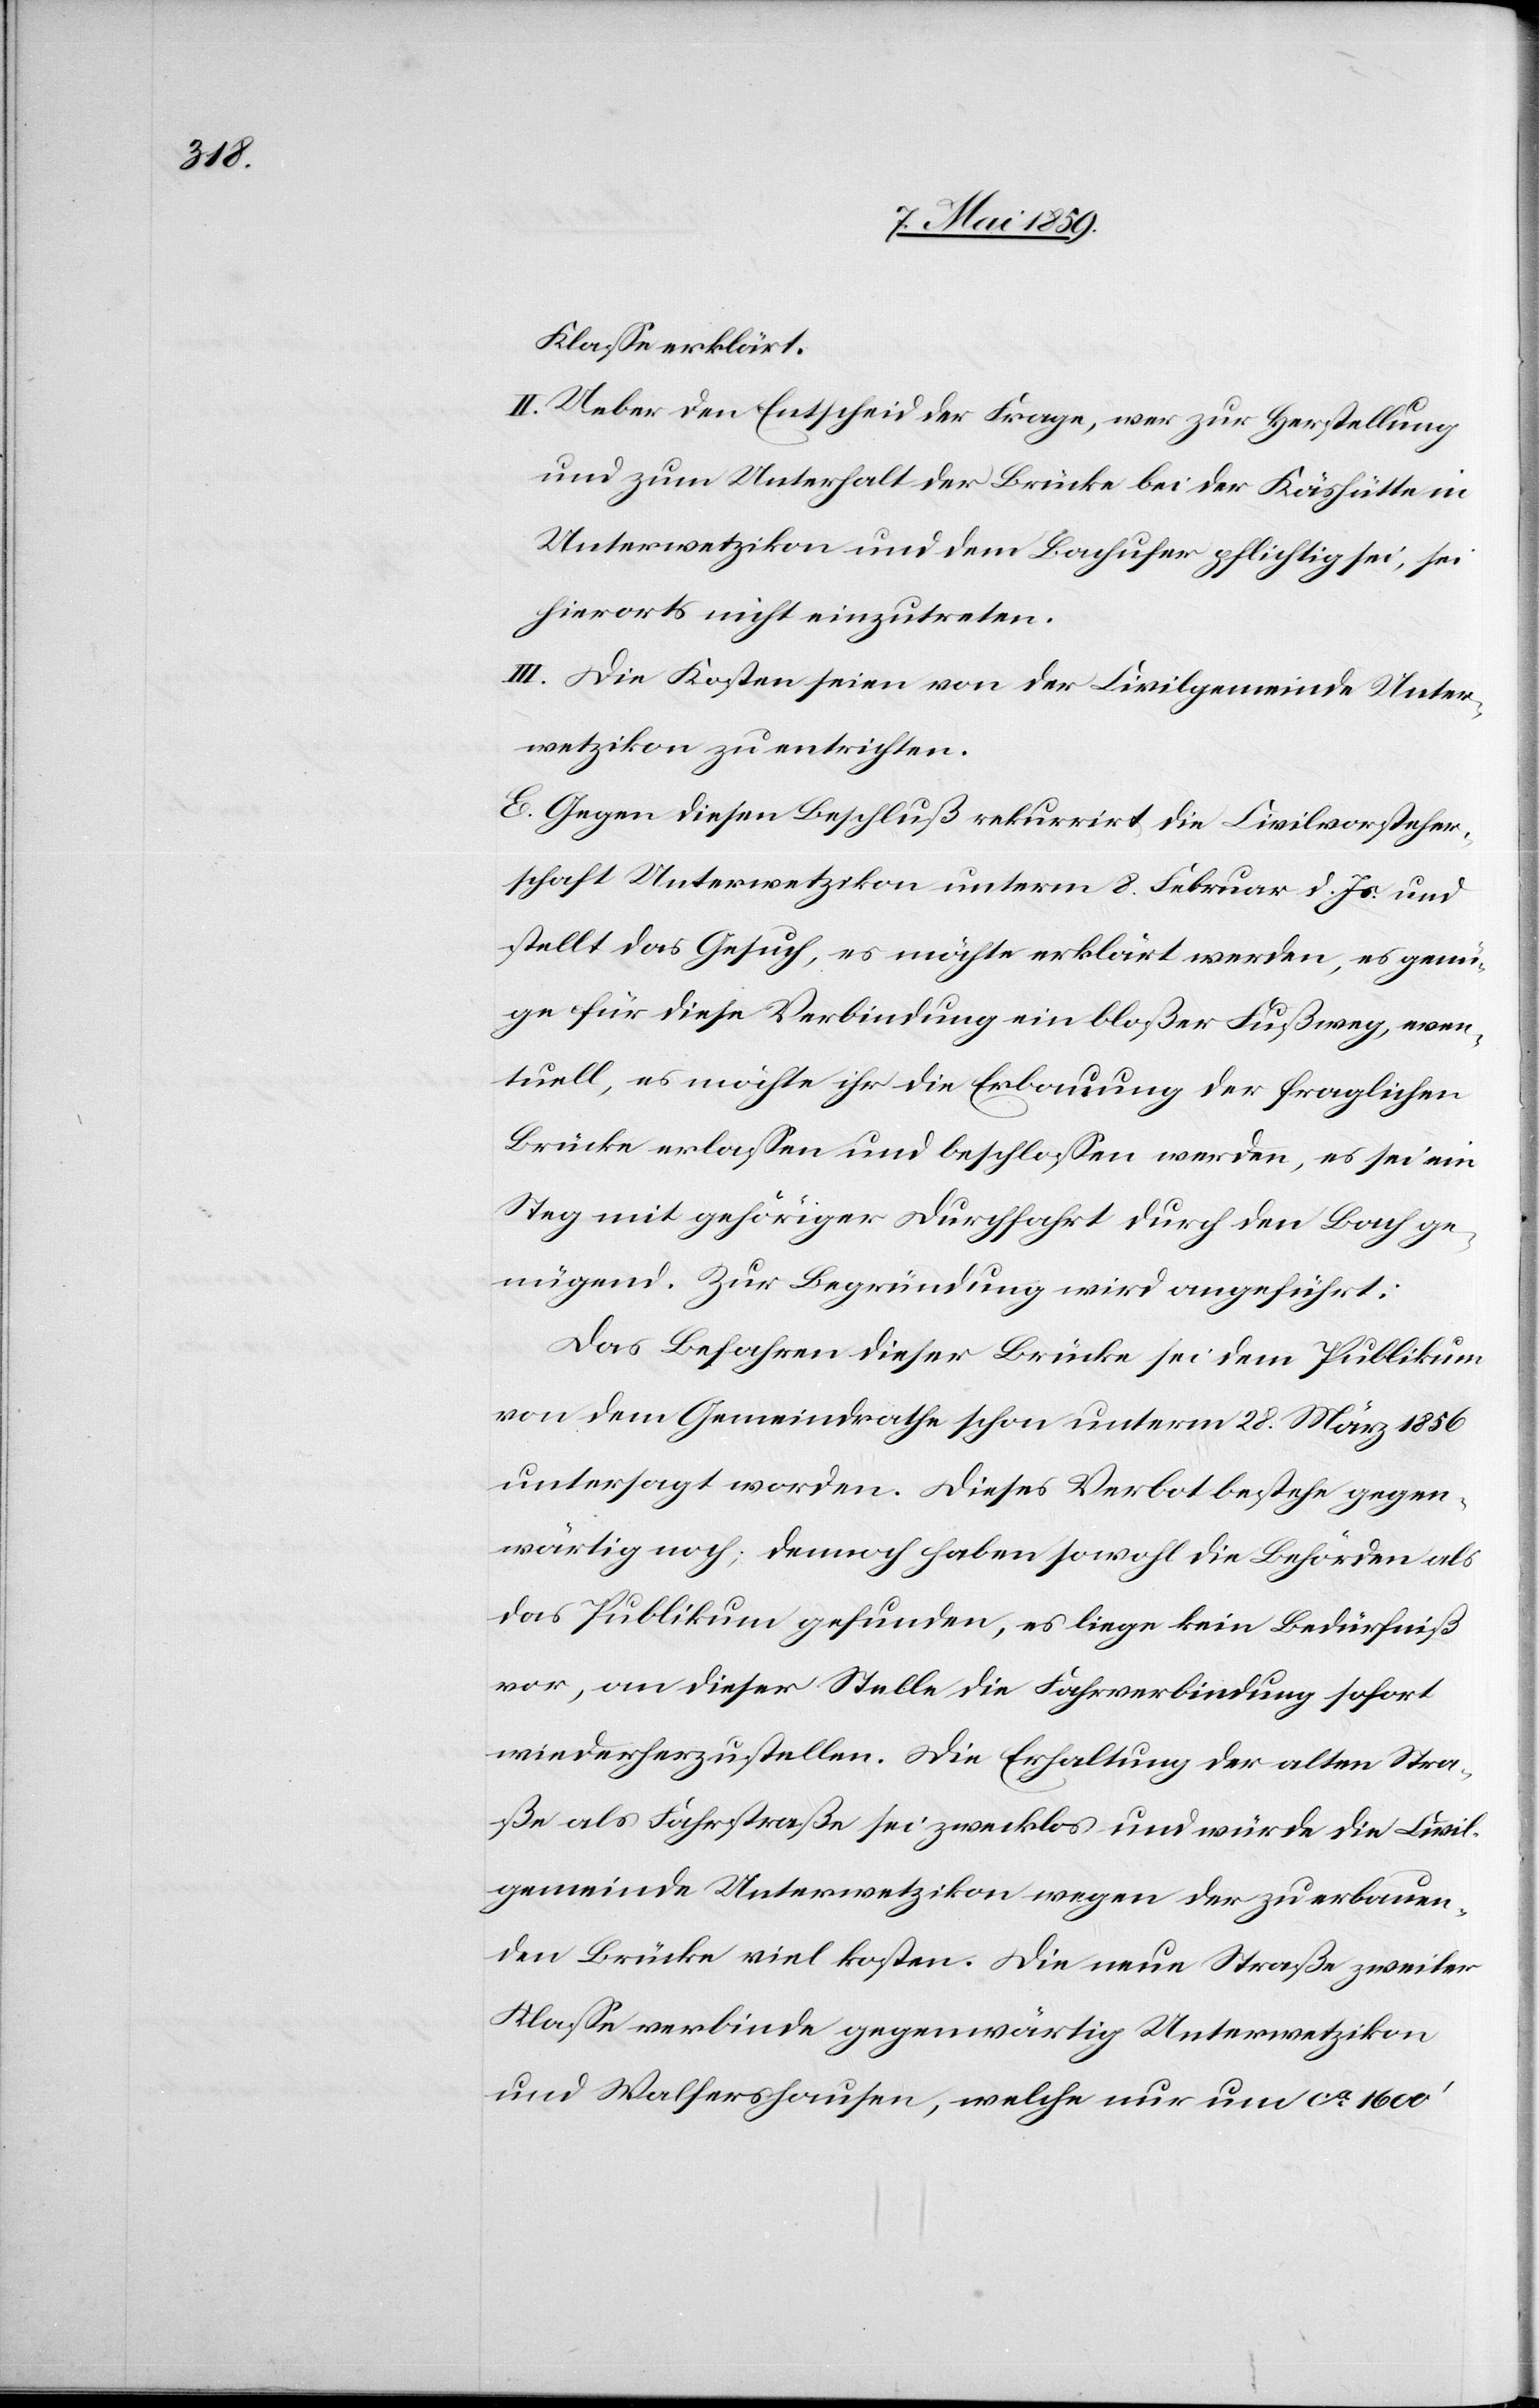
Klaße erklärt.
II. Ueber den Entscheid der Frage, wer zur Herstellung
und zum Unterhalt der Brücke bei der Käshütte in
Unterwetzikon und dem Bachufer pflichtig sei, sei
hierorts nicht einzutreten.
III. Die Kosten seien von der Civilgemeinde Unter¬
wetzikon zu entrichten.
E. Gegen diesen Beschluß rekurrirt die Civilvorsteher¬
schaft Unterwetzikon unterm 8. Februar d. Js. und
stellt das Gesuch, es möchte erklärt werden, es genü¬
ge für diese Verbindung ein bloßer Fußweg, even¬
tuell, es möchte ihr die Erbauung der fraglichen
Brücke erlaßen und beschloßen werden, es sei ein
Steg mit gehöriger Durchfahrt durch den Bach ge¬
nügend. Zur Begründung wird angeführt:
Das Befahren dieser Brücke sei dem Publikum
von dem Gemeindrathe schon unterm 28. März 1856
untersagt worden. Dieses Verbot bestehe gegen¬
wärtig noch; demnach haben sowohl die Behörden als
das Publikum gefunden, es liege kein Bedürfniß
vor, an dieser Stelle die Fahrverbindung sofort
wiederherzustellen. Die Erhaltung der alten Stra¬
ße als Fahrstraße sei zwecklos und würde die Civil¬
gemeinde Unterwetzikon wegen der zu erbauen¬
den Brücke viel kosten. Die neue Straße zweiter
Klaße verbinde gegenwärtig Unterwetzikon
und Walfershausen, welche nur um ca 1600‘